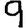
Digit: 9